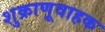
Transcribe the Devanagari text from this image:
शुक्राणूवाहक